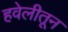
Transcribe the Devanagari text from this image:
हवेलीतून